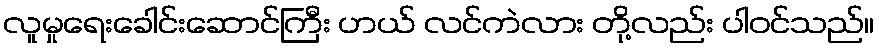
လူမှုရေးခေါင်းဆောင်ကြီး ဟယ် လင်ကဲလား တို့လည်း ပါဝင်သည်။